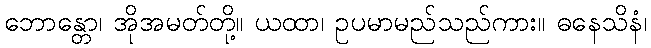
ဘောန္တော၊ အိုအမတ်တို့။ ယထာ၊ ဥပမာမည်သည်ကား။ ဓနေသိနံ၊